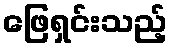
ဖြေရှင်းသည့်